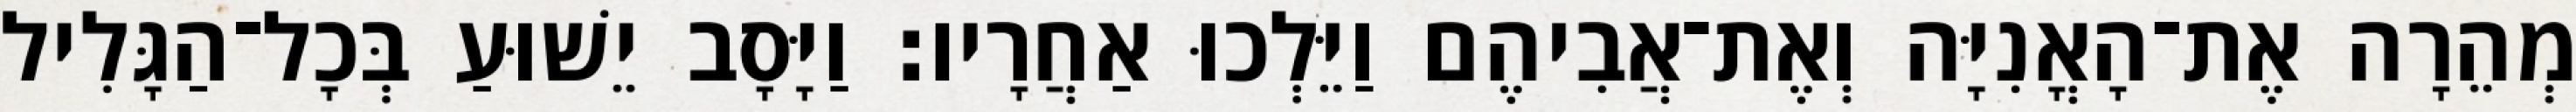
מְהֵרָה אֶת־הָאֳנִיָּה וְאֶת־אֲבִיהֶם וַיֵּלְכוּ אַחֲרָיו׃ וַיָּסָב יֵשׁוּעַ בְּכָל־הַגָּלִיל